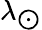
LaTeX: \lambda_{\bigodot}